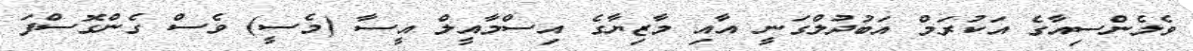
ވެލެންސިއާގެ އަކުރަމް އަބުދުލްގަނީ އާއި މާޒިޔާގެ އިސްމާއީލް އީސާ (މެސީ) ވެސް ގެންގޮސްފަ